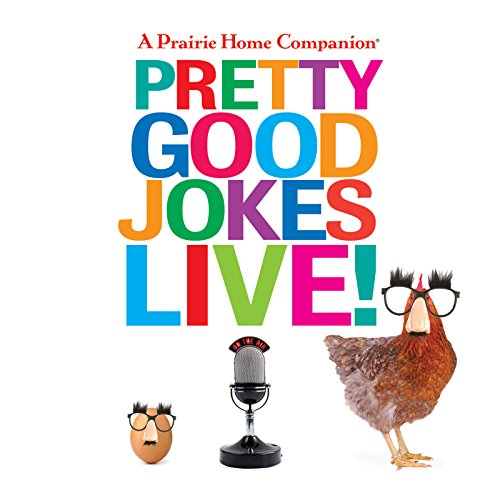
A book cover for A Prairie Home Companion Pretty Good Jokes Live!; Garrison Keillor; Humor & Entertainment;